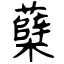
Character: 蘖